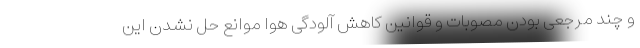
و چند مرجعی بودن مصوبات و قوانین کاهش آلودگی هوا موانع حل نشدن این